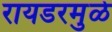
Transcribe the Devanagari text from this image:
रायडरमुळे